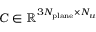
\boldsymbol { C } \in \mathbb { R } ^ { 3 N _ { \mathrm { p l a n e } } \times N _ { u } }